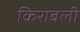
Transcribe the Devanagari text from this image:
किराबली